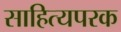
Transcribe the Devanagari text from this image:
साहित्यपरक